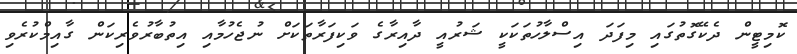
ކޮމިޓީން ދެކޭގޮތުގައި މިފަދަ އިސްލާހުތަކަކީ ޝަރުއީ ދާއިރާގެ ވަކިފަރާތަކަށް ނުޖެހުމާއި އިތުބާރުވެރިކަން ގާއިމްކުރެވި